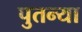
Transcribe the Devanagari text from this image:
पुतन्या